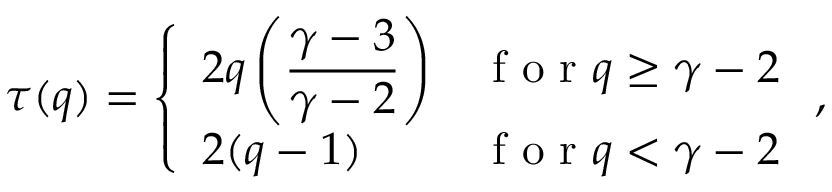
\tau ( q ) = \left\{ \begin{array} { l l } { 2 q \left( \displaystyle \frac { \gamma - 3 } { \gamma - 2 } \right) } & { \mathrm { ~ f ~ o ~ r ~ } q \ge \gamma - 2 } \\ { 2 ( q - 1 ) } & { \mathrm { ~ f ~ o ~ r ~ } q < \gamma - 2 } \end{array} \right. ,